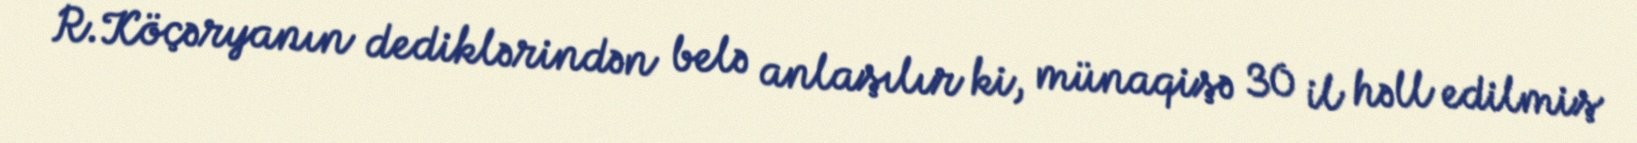
R.Köçəryanın dediklərindən belə anlaşılır ki, münaqişə 30 il həll edilmiş